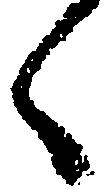
く